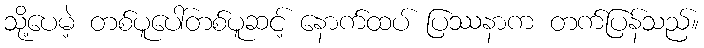
သို့ပေမဲ့ တစ်ပူပေါ်တစ်ပူဆင့် နောက်ထပ် ပြဿနာက တက်ပြန်သည်။